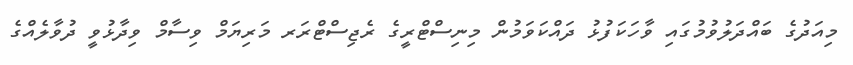
މިއަދުގެ ބައްދަލުވުމުގައި ވާހަކަފުޅު ދައްކަވަމުން މިނިސްޓްރީގެ ރެޖިސްޓްރަރ މަރިޔަމް ވިސާާމް ވިދާޅުވީ ދުވާލެއްގެ